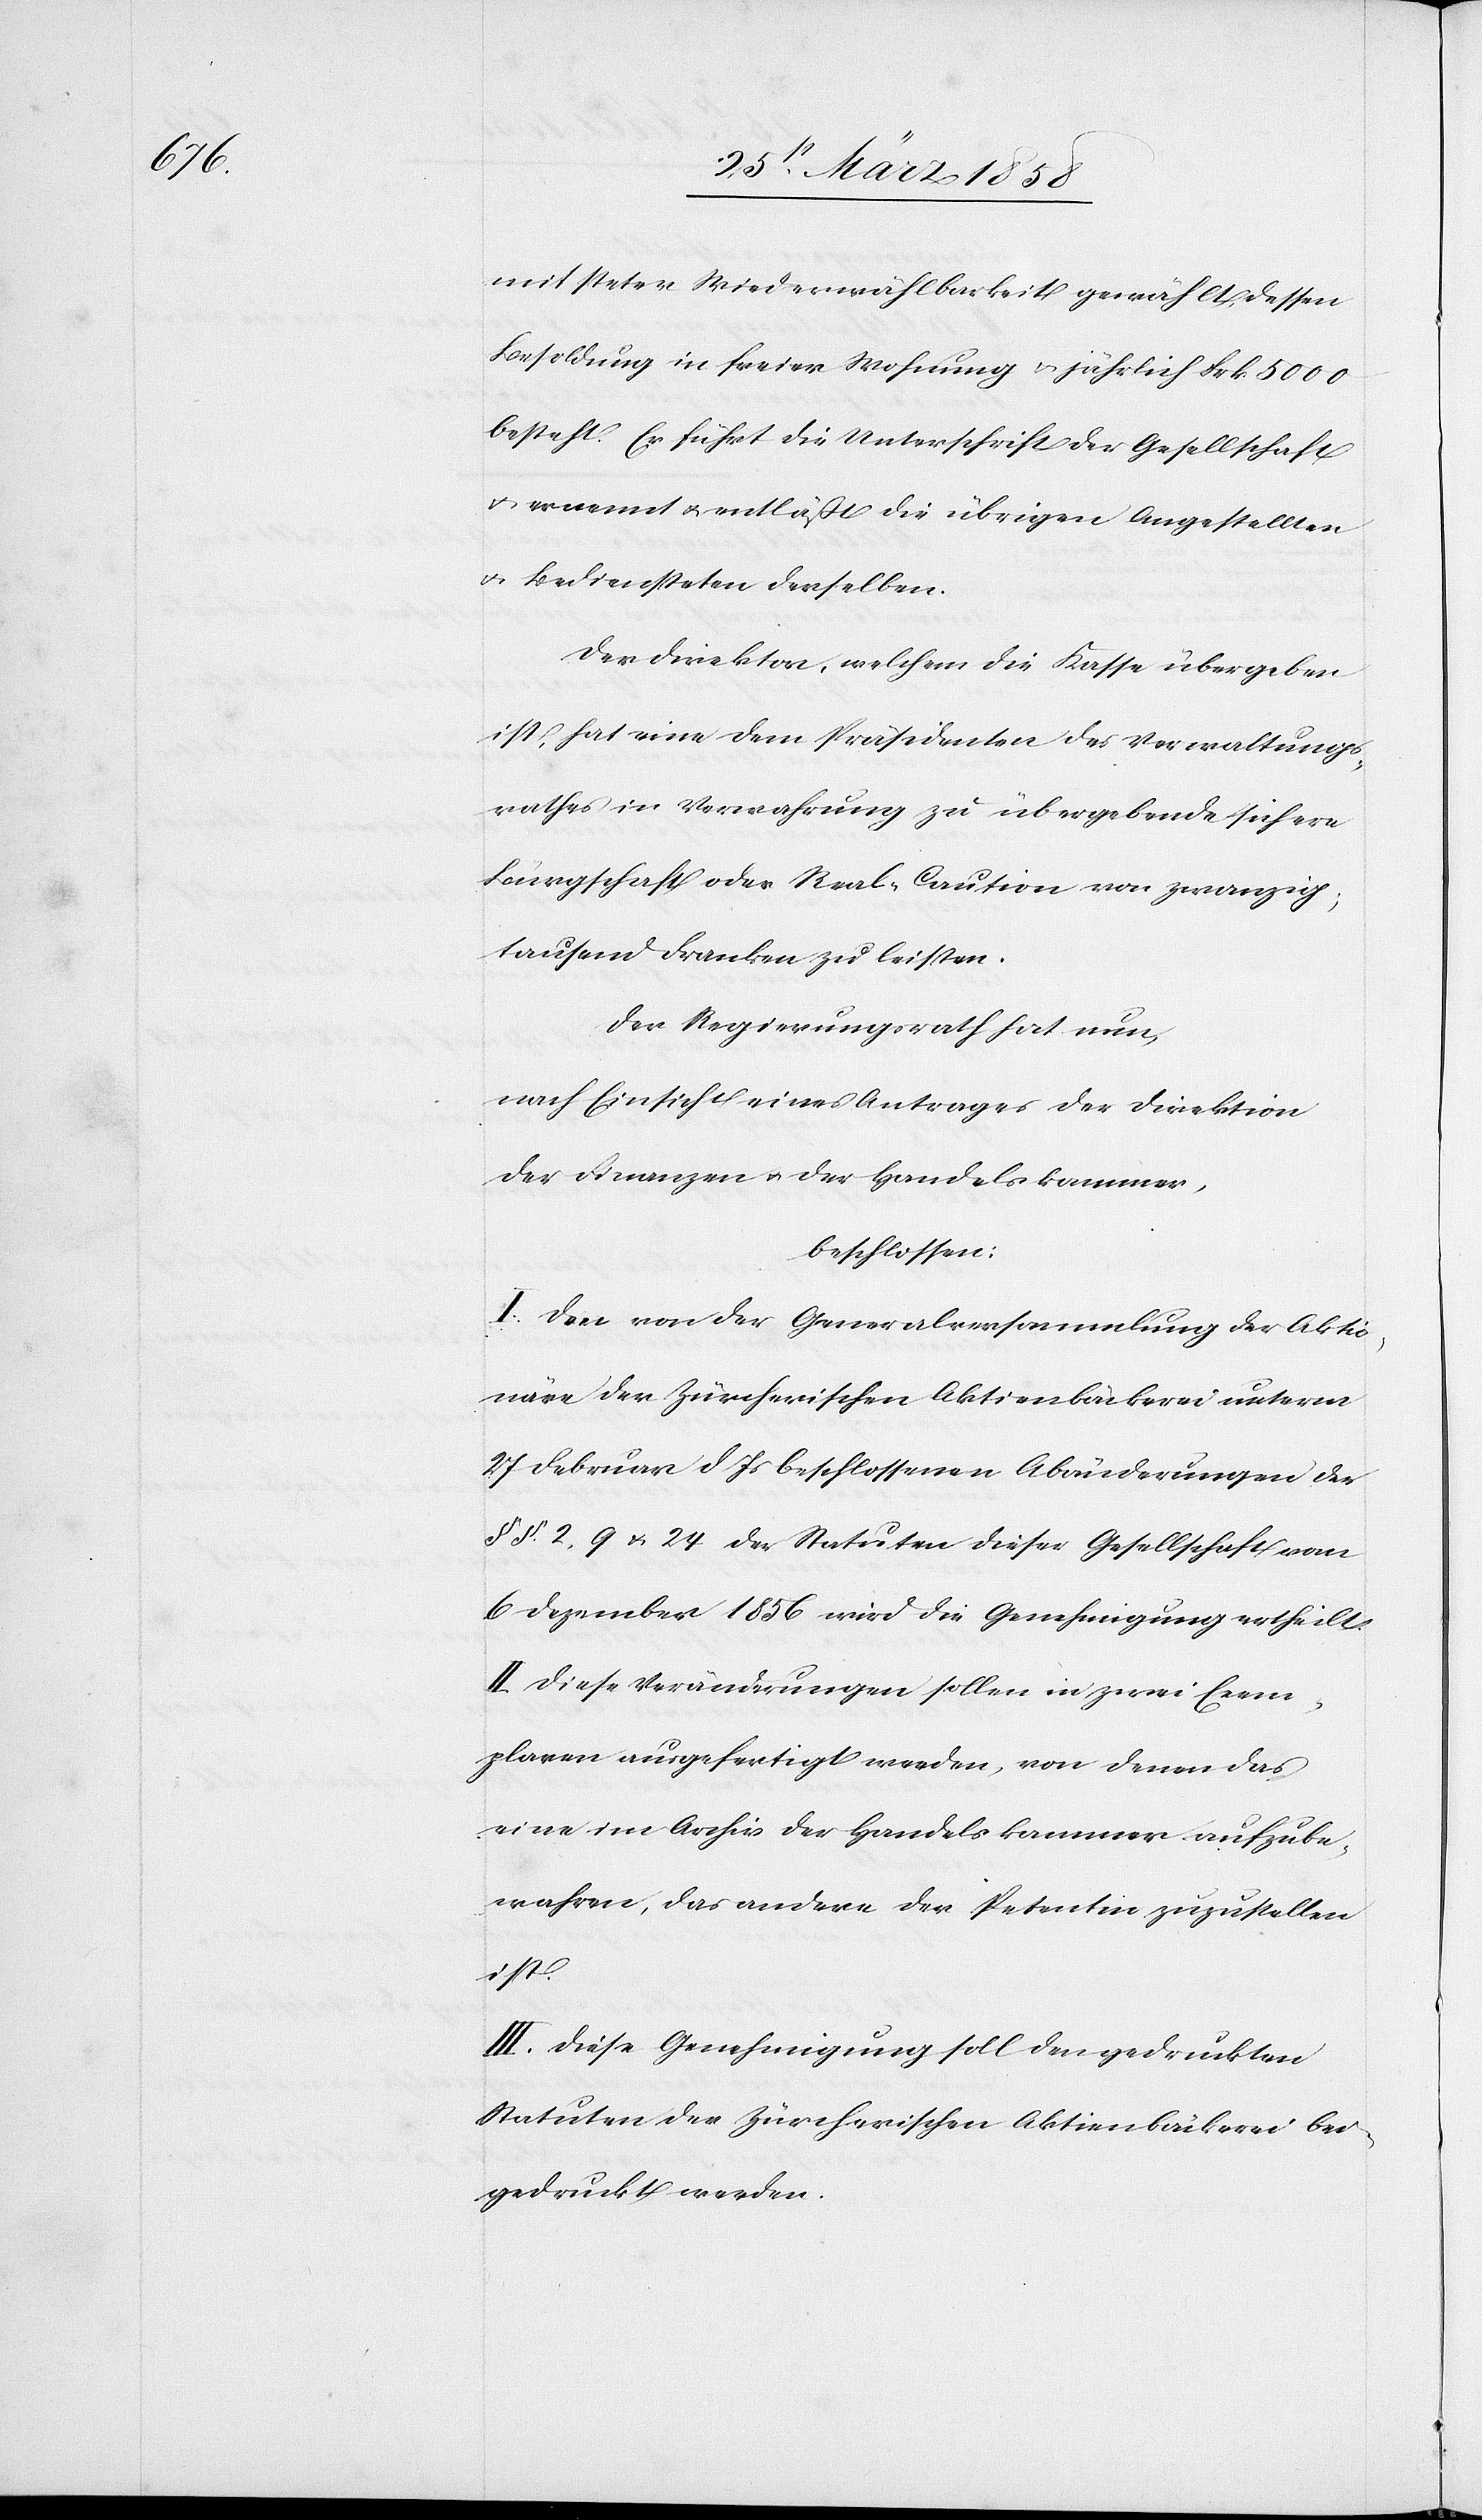
mit steter Wiederwählbarkeit gewählt, dessen
Besoldung in freier Wohnung u. jährlich Frk. 5000
besteht. Er führt die Unterschrift der Gesellschaft
u. ernennt u. entläßt die übrigen Angestellten
u. Bediensteten derselben.
Der Direktor, welchem die Kasse übergeben
ist, hat eine dem Präsidenten des Verwaltungs¬
rathes in Verwahrung zu übergebende sichere
Bürgschaft oder Real-Caution von zwanzig¬
tausend Franken zu leisten.
Der Regierungsrath hat nun,
nach Einsicht eines Antrages der Direktion
der Finanzen der Handelskammer,
beschlossen:
I. Den von der Generalversammlung der Aktio¬
näre der Zürcherischen Aktienbäckerei unterm
27. Februar d. Js. beschlossenen Abänderungen der
§§ 2, 9 u. 24 der Statuten dieser Gesellschaft vom
6. Dezember 1856 wird die Genehmigung ertheilt.
II. Diese Veränderungen sollen in zwei Exem¬
plaren ausgefertigt werden, von denen das
eine im Archiv der Handelskammer aufzube¬
wahren, das andere der Petentin zuzustellen
ist.
III. Diese Genehmigung soll den gedruckten
Statuten der Zürcherischen Aktienbäckerei bei¬
gedruckt werden.